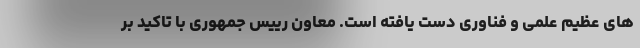
های عظیم علمی و فناوری دست یافته است. معاون رییس جمهوری با تاکید بر